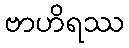
ဗာဟိရဿ